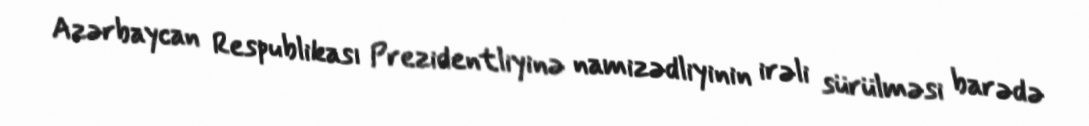
Azərbaycan Respublikası Prezidentliyinə namizədliyinin irəli sürülməsi barədə